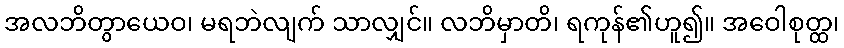
အလဘိတွာယေဝ၊ မရဘဲလျက် သာလျှင်။ လဘိမှာတိ၊ ရကုန်၏ဟူ၍။ အဝေါစုတ္ထ၊